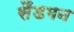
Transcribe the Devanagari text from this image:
सैंडमन